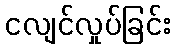
ငလျင်လှုပ်ခြင်း